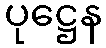
ပုဋ္ဌေန